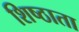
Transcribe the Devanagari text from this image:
शिष्ठाता